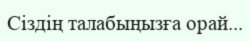
Сіздің талабыңызға орай...